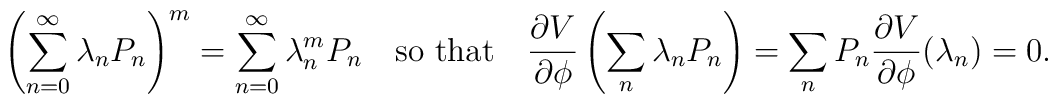
\left(\sum_{n=0}^{\infty}\lambda_nP_n\right)^m=\sum_{n=0}^{\infty}\lambda_n^mP_n \quad \mbox{so that} \quad \frac{\partial V}{\partial\phi}\left(\sum_n\lambda_nP_n\right)=\sum_nP_n\frac{\partial V}{\partial\phi}(\lambda_n)=0.